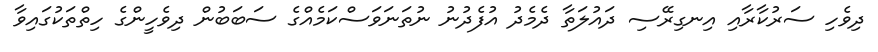
ދިވެހި ސަރުކާރާއި އިނގިރޭސި ދައުލަތާ ދެމެދު އުފެދުނު ނުތަނަވަސްކަމެއްގެ ސަބަބުން ދިވެހީންގެ ހިތްތަކުގައިވާ